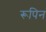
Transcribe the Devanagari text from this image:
रूपिन